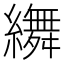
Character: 𦆞